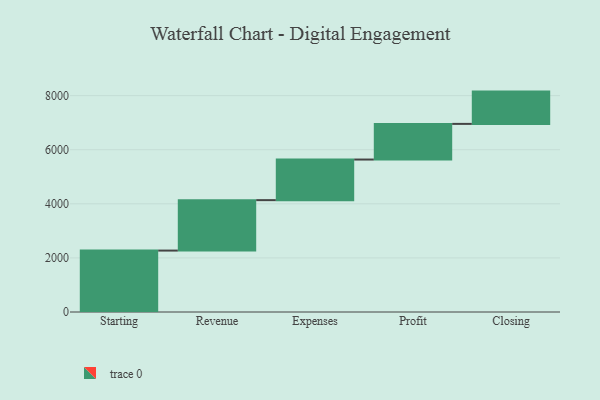
{"axis": {"x": "Step", "y": "Value"}, "legend": [""], "data": [{"x": "Starting", "y": 2271.0, "type": ""}, {"x": "Revenue", "y": 1865.0, "type": ""}, {"x": "Expenses", "y": 1501.0, "type": ""}, {"x": "Profit", "y": 1318.0, "type": ""}, {"x": "Closing", "y": 1194.0, "type": ""}]}